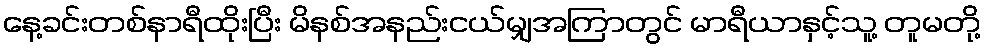
နေ့ခင်းတစ်နာရီထိုးပြီး မိနစ်အနည်းငယ်မျှအကြာတွင် မာရီယာနှင့်သူ့ တူမတို့